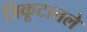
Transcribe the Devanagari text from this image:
त्रिकूटातले